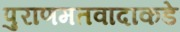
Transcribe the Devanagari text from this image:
पुराणमतवादाकडे